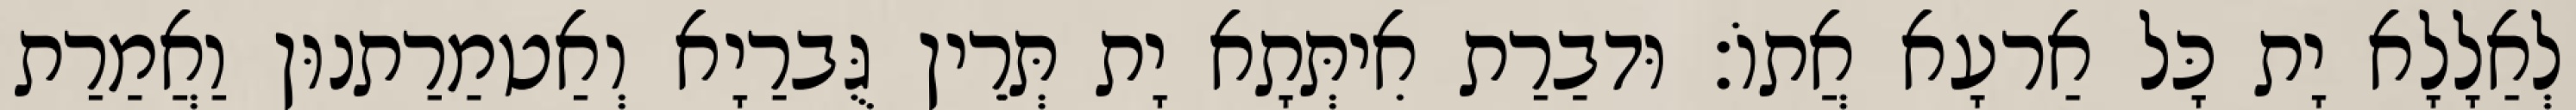
לְאַלָלָא יָת כָּל אַרעָא אֲתוֹ׃ וּדבַרַת אִיתְּתָא יָת תְּרֵין גֻּברַיָא וְאַטמַרַתנוּן וַאֲמַרַת